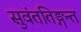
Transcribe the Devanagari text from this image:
सुवंततिङ्गन्त